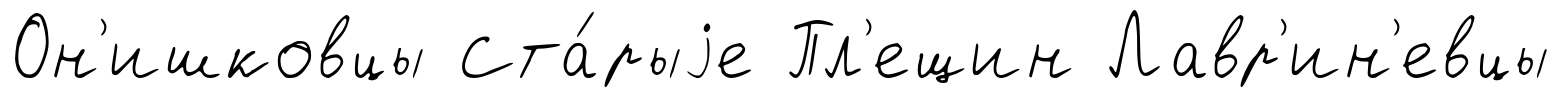
Он'ишковцы Ста́рыjе Пл'ещин Лавр'ин'евцы